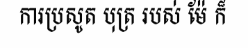
ការប្រសូត បុត្រ របស់ ម៉ែ ក៏